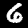
Label: 6